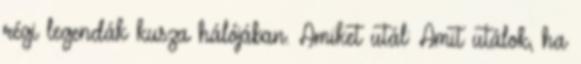
régi legendák kusza hálójában. Amiket utál: Amit utálok, ha